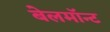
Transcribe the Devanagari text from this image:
बेलमॉन्ट